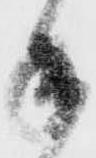
手